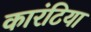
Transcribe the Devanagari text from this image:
कारंटिया